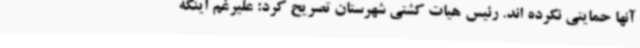
آنها حمایتی نکرده اند. رئیس هیات کشتی شهرستان تصریح کرد: علیرغم اینکه